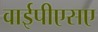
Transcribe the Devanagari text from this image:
वाईपीएसए